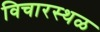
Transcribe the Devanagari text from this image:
विचारस्थळ